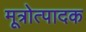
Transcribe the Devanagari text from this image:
मूत्रोत्पादक